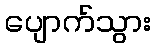
ပျောက်သွား